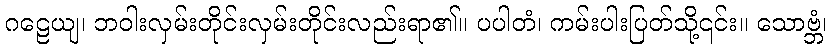
ဂဠေယျ၊ ဘဝါးလှမ်းတိုင်းလှမ်းတိုင်းလည်းရာ၏။ ပပါတံ၊ ကမ်းပါးပြတ်သို့၎င်း။ သောဗ္ဘံ၊